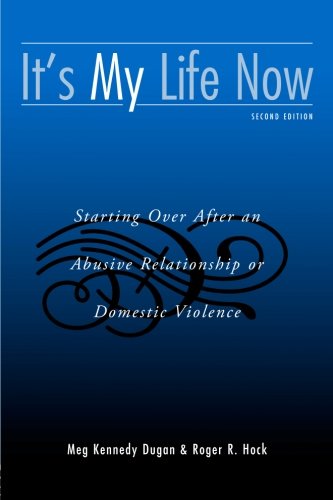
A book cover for It's My Life Now: Starting Over After an Abusive Relationship or Domestic Violence, 2nd Edition; Meg Kennedy Dugan; Parenting & Relationships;